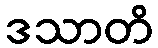
ဒသာတိ